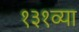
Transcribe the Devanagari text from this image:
१३१व्या